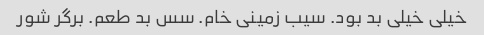
خیلی خیلی بد بود. سیب زمینی خام. سس بد طعم. برگر شور